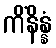
ကိံနိန္နံ